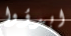
ابدؤوا